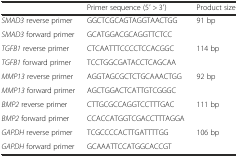
|  | Primer sequence (5′ > 3′) | Product size |
 | --- | --- | --- |
 | SMAD3 reverse primer | GGCTCGCAGTAGGTAACTGG | <ROWSPAN=2> 91 bp |
 | SMAD3 forward primer | GCATGGACGCAGGTTCTCC |
 | TGFB1 reverse primer | CTCAATTTCCCCTCCACGGC | <ROWSPAN=2> 114 bp |
 | TGFB1 forward primer | TCCTGGCGATACCTCAGCAA |
 | MMP13 reverse primer | AGGTAGCGCTCTGCAAACTGG | <ROWSPAN=2> 92 bp |
 | MMP13 forward primer | AGCTGGACTCATTGTCGGGC |
 | BMP2 reverse primer | CTTGCGCCAGGTCCTTTGAC | <ROWSPAN=2> 111 bp |
 | BMP2 forward primer | CCACCATGGTCGACCTTTAGGA |
 | GAPDH reverse primer | TCGCCCCACTTGATTTTGG | <ROWSPAN=2> 106 bp |
 | GAPDH forward primer | GCAAATTCCATGGCACCGT |